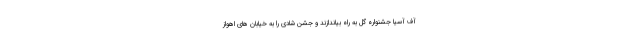
آف آسیا جشنواره گل به راه بیاندازند و جشن شادی را به خیابان های اهواز